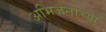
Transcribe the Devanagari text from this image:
अभिजनांच्या